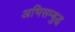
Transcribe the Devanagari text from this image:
अभिसम्बुद्ध